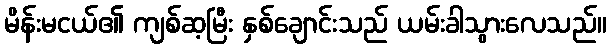
မိန်းမငယ်၏ ကျစ်ဆ့မြီး နှစ်ချောင်းသည် ယမ်းခါသွားလေသည်။